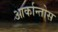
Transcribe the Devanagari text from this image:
आर्कान्तोस